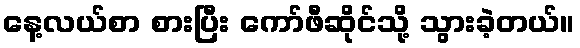
နေ့လယ်စာ စားပြီး ကော်ဖီဆိုင်သို့ သွားခဲ့တယ်။